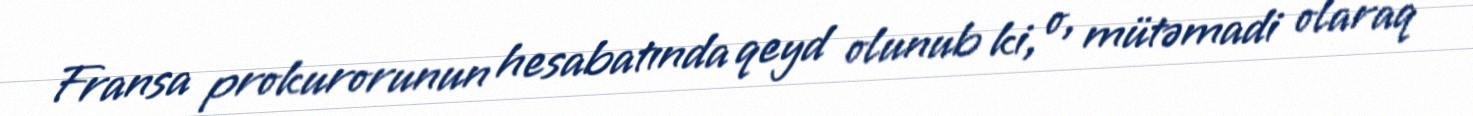
Fransa prokurorunun hesabatında qeyd olunub ki, o, mütəmadi olaraq